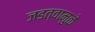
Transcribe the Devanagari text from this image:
जडत्वामुळे